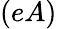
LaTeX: (eA)